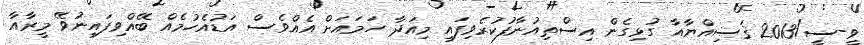
ވީ-ސީ/2013 ޤަޟިއްޔާއާ ގުޅިގެން އިސްތިއުނާފުކުރެވިފައި މިއަދާ ހަމައަށް އެއްވެސް އަޑުއެހުމެއް ބޭއްވިފައިނުވޭ މީރާއާ